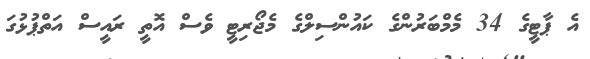
އެ ޕާޓީގެ 34 މެމްބަރުންގެ ކައުންސިލްގެ މެޖޯރިޓީ ވެސް އޮތީ ރައީސް އަތްޕުޅުގަ